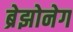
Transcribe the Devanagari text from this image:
ब्रेझोनेग